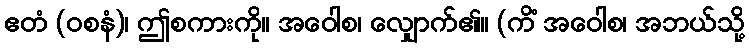
ဧတံ (ဝစနံ)၊ ဤစကားကို။ အဝေါစ၊ လျှောက်၏။ (ကိံ အဝေါစ၊ အဘယ်သို့